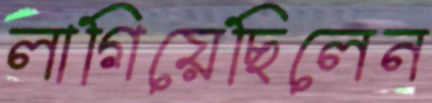
লাগিয়েছিলেন